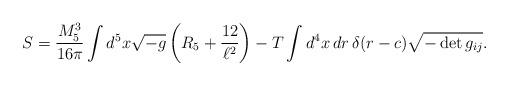
LaTeX: \begin{align*}S = \frac{M_5^3}{16\pi} \int d^5x \sqrt{-g} \left(R_5 + \frac{12}{\ell^2} \right)- T \int d^4x\, dr\, \delta(r-c) \sqrt{-\det g_{ij}}.\end{align*}